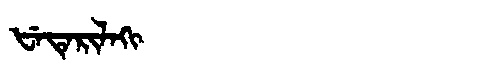
Manchu: ᡶᡝᡨᡝᡵᡳᠯᠠᡴᡳ
Romanization: FETERILAKI